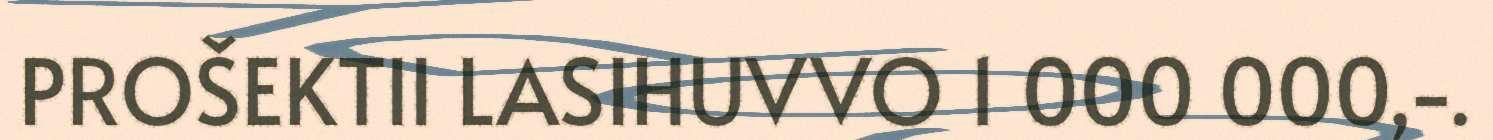
PROŠEKTII LASIHUVVO 1 000 000,-.